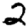
Digit: 2